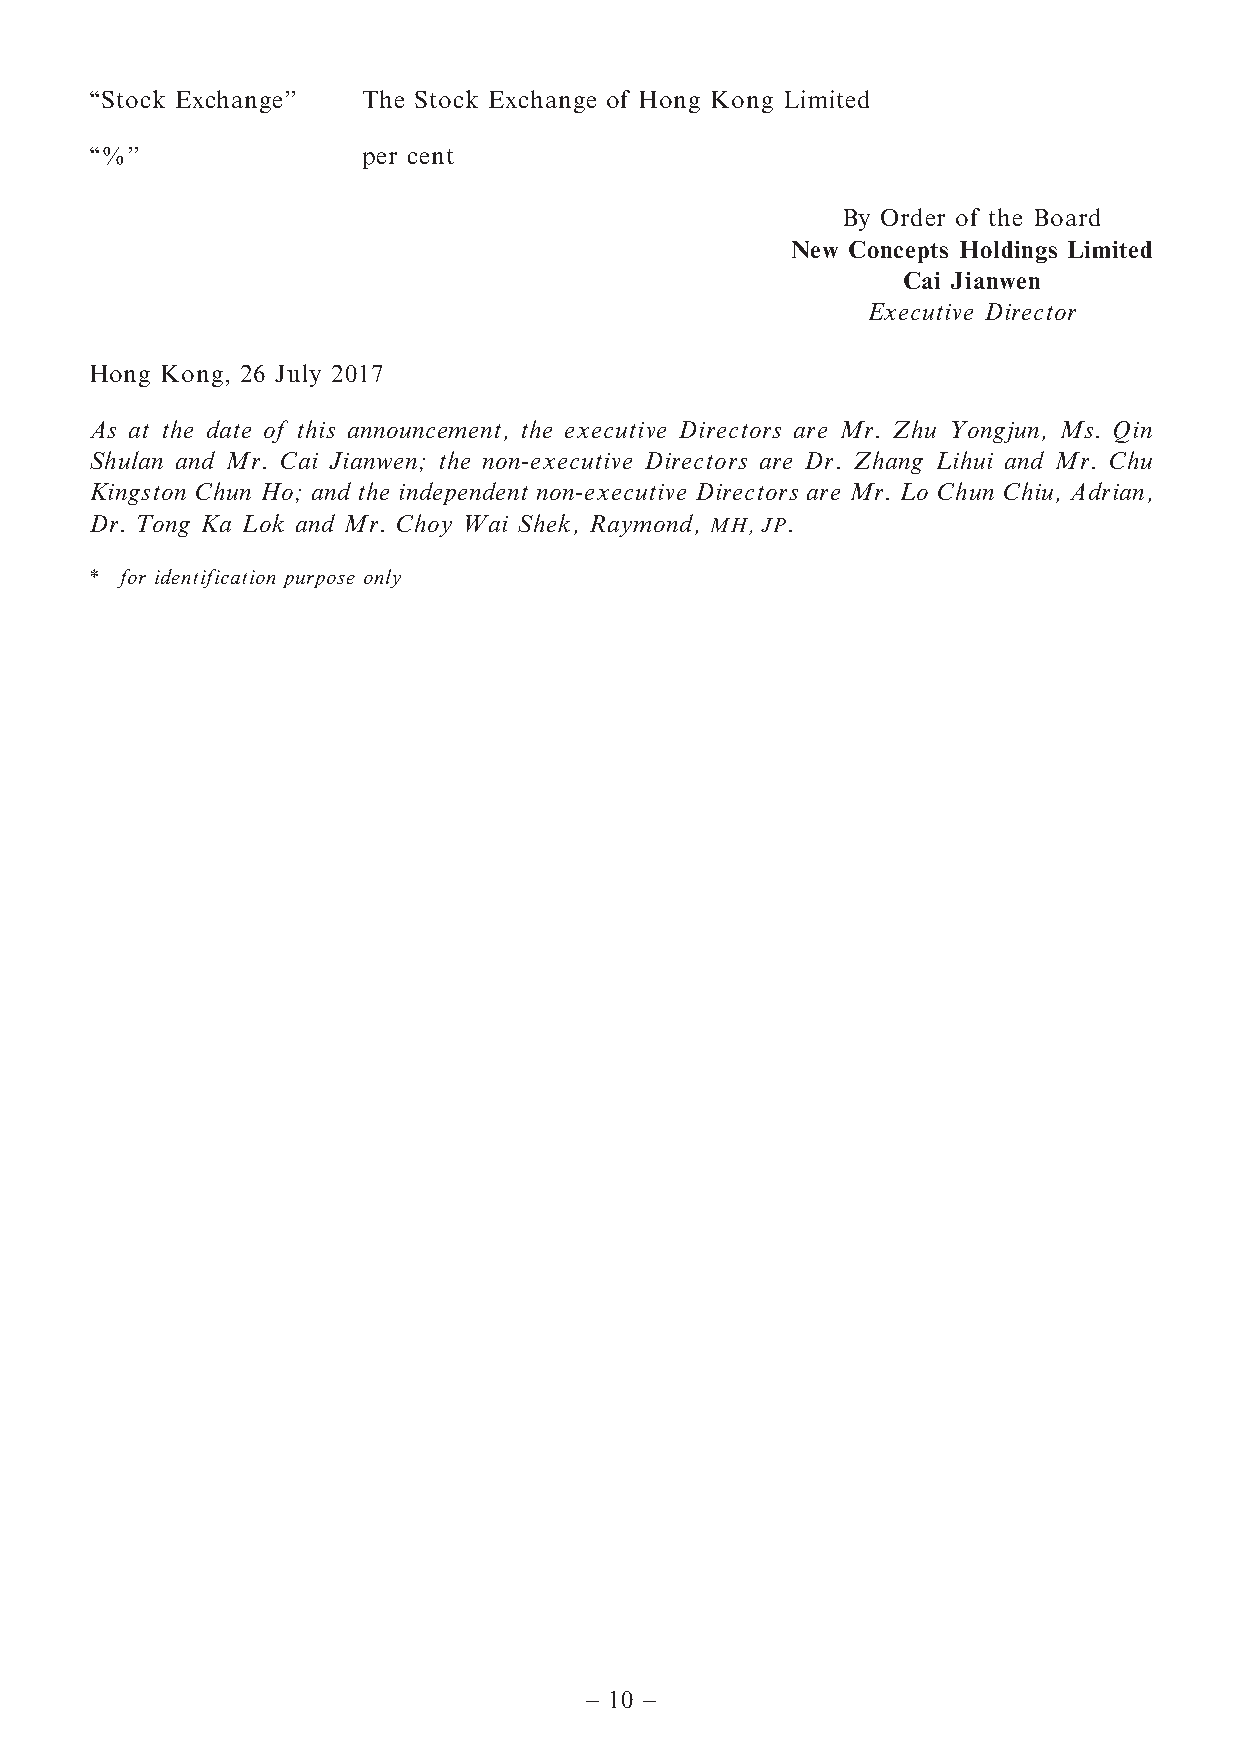
‘‘Stock Exchange’’ The Stock Exchange of Hong Kong Limited
 ‘‘%’’             per cent
 By Order of the Board
 New Concepts Holdings Limited
 Cai Jianwen
 Executive Director
 Hong Kong, 26 July 2017
 As at the date of this announcement, the executive Directors are Mr. Zhu Yongjun, Ms. Qin
 Shulan and Mr. Cai Jianwen; the non-executive Directors are Dr. Zhang Lihui and Mr. Chu
 Kingston Chun Ho; and the independent non-executive Directors are Mr. Lo Chun Chiu, Adrian,
 Dr. Tong Ka Lok and Mr. Choy Wai Shek, Raymond, MH, JP.
 * for identification purpose only
 – 10 –